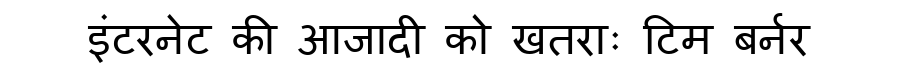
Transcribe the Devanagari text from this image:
इंटरनेट की आजादी को खतराः टिम बर्नर